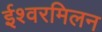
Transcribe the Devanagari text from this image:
ईश्वरमिलन